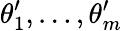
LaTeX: \theta_{1}^{\prime},\ldots,\theta_{m}^{\prime}